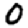
Digit: 0